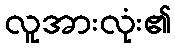
လူအားလုံး၏